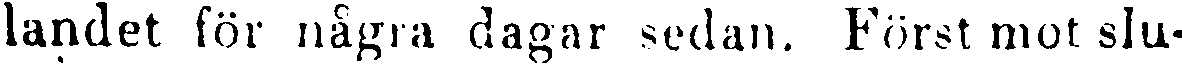
landet för några dagar sedan. Först mot slu-